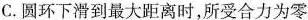
C.圆环下滑到最大距离时，所受合力为零